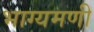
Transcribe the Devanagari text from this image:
भाग्यमणी